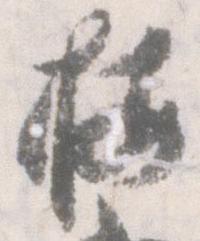
按